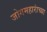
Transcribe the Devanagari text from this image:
जोगमहारांच्या